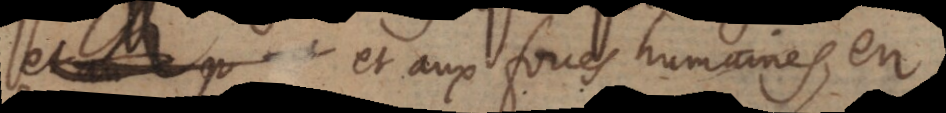
d et aux foues humaines, en